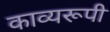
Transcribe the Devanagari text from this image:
काव्यरूपी